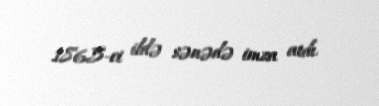
1865-ci ildə sənədə imza atdı.